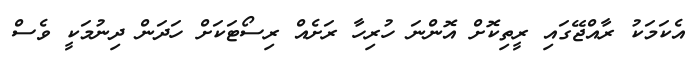
އެކަމަކު ރާއްޖޭގައި ރީތިކޮށް އޮންނަ ހުރިހާ ރަށެއް ރިސޯޓަކަށް ހަދަން ދިނުމަކީ ވެސް